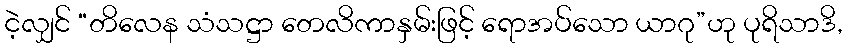
ငဲ့လျှင် “တိလေန သံသဋ္ဌာ တေလိကာနှမ်းဖြင့် ရောအပ်သော ယာဂု”ဟု ပုရိသာဒိ,